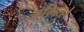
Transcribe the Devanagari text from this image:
अमित।